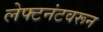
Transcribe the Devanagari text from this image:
लेफ्टनंटवरून